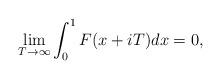
LaTeX: \begin{align*} \lim_{T\rightarrow\infty}\int_{0}^1 F(x+iT)dx=0,\end{align*}